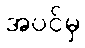
အပင်မှ